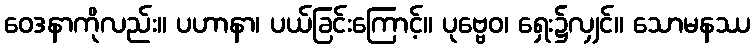
ဝေဒနာကိုလည်း။ ပဟာနာ၊ ပယ်ခြင်းကြောင့်။ ပုဗ္ဗေဝ၊ ရှေး၌လျှင်။ သောမနဿ